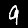
Label: 9